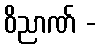
ဝိညာဏ် -